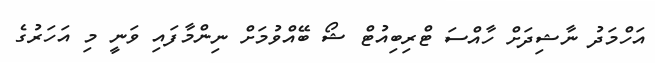
އަހްމަދު ނާޝިދަށް ހާއްސަ ޓްރިބިއުޓް ޝޯ ބޭއްވުމަށް ނިންމާފައި ވަނީ މި އަހަރުގެ